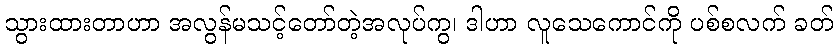
သွားထားတာဟာ အလွန်မသင့်တော်တဲ့အလုပ်ကွ၊ ဒါဟာ လူသေကောင်ကို ပစ်စလက် ခတ်